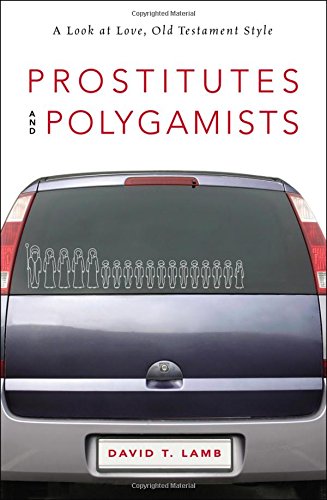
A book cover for Prostitutes and Polygamists: A Look at Love, Old Testament Style; David T. Lamb; Religion & Spirituality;